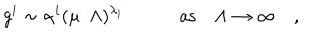
LaTeX: g ^ { i } \sim \alpha ^ { i } ( \mu / \Lambda ) ^ { \lambda _ { i } } \quad \quad \quad \mathrm { a s } \quad \Lambda \to \infty \quad ,